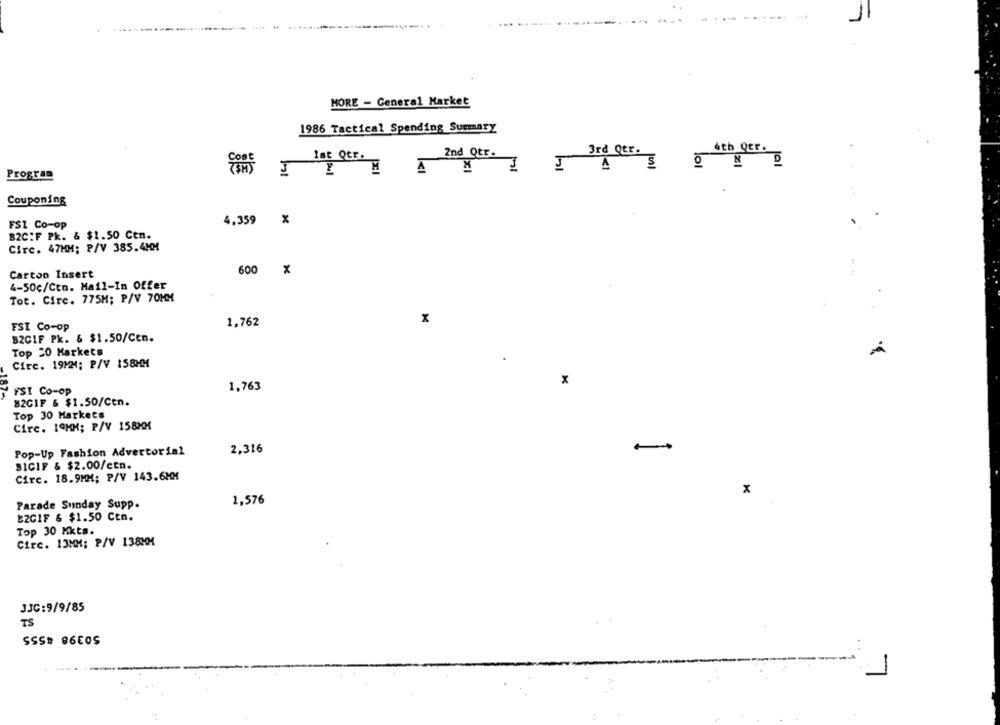
1
MORE - General Market
1986 Tactical Spending Summary
4th Qtr.
ist Qer.
2nd Qtr.
3rd Qtr.
Program
Couponing
FS1 Co-op
4,359 %
82C:F Pk. & $1.50 Ctn.
Circ. 47MM; P/V 385.4MM
Carton Insert
600 X
4-50c/Cto. Mail-In Offer
Tot. Circ. 775M; P/V 70MM
x
FSI Co-op
1,762
B2CIF Pk. & $1.50/Cen.
Top 20 Markets
Cire. 19MM: P/V 158MM
x
FSI Co-op
1,763
82GIF & $1.50/Cen.
Top 30 Markets
Cire. 1OHM; P/V 158MM
2,316
Pop-Up Fashion Advertorial
BICIF & $2.00/ctn.
Circ. 18.9MM; P/V 143.6MM
1,576
Parade Sunday Supp.
B2CIF & $1.50 Ctn.
Top 30 Kkts.
Circ. 13MM: P/V 138MM
JJG:9/9/85
TS
SSS# 86E05